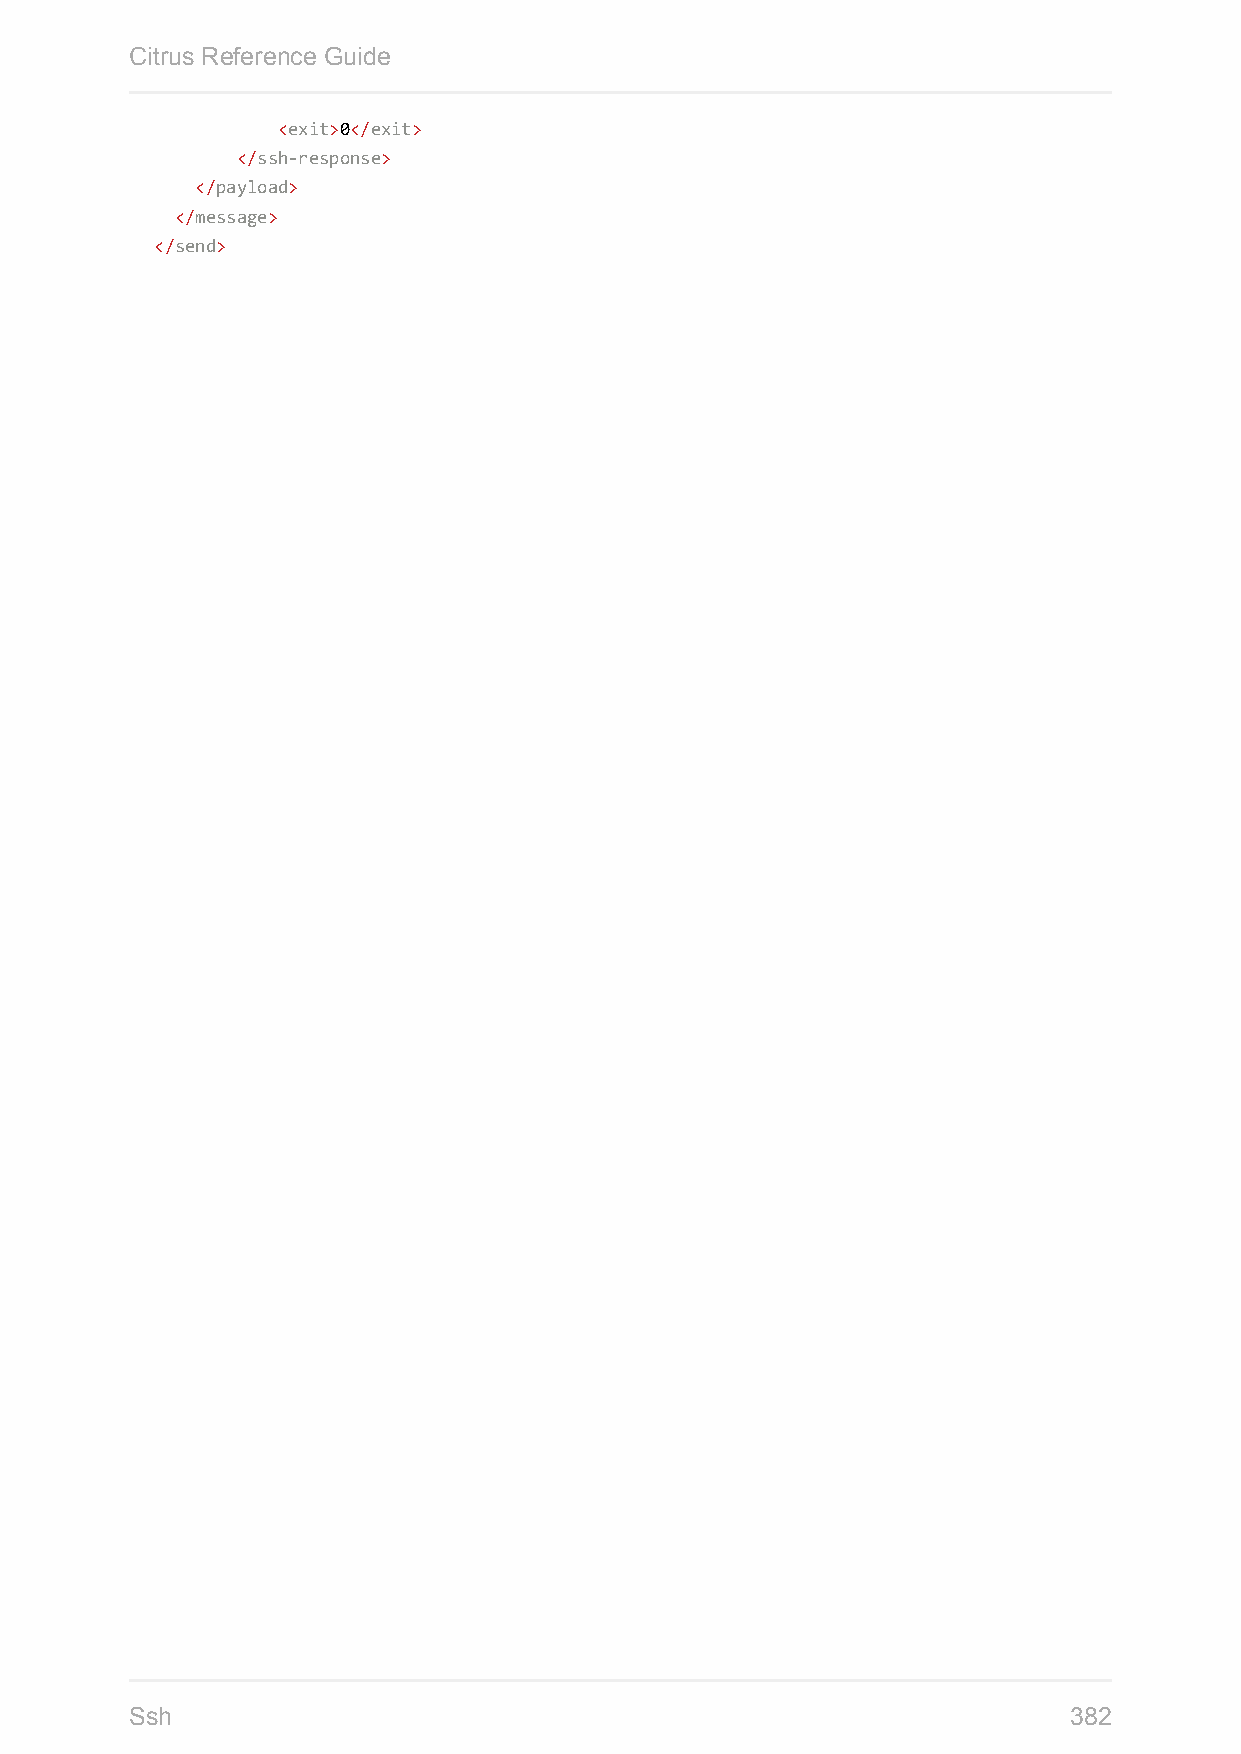
Citrus Reference Guide
 <exit>0</exit>
 </ssh-response>
 </payload>
 </message>
 </send>
 Ssh                                                           382